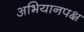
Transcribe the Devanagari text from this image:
अभियानपक्ष